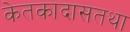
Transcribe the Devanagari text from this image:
केतकादासतथा